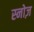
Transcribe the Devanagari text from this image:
स्नोज़